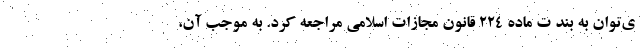
ی‌توان به بند ت ماده ۲۲۴ قانون مجازات اسلامی مراجعه کرد. به موجب آن،